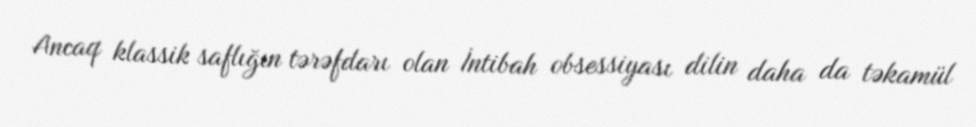
Ancaq klassik saflığın tərəfdarı olan İntibah obsessiyası dilin daha da təkamül